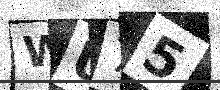
Text: WU75